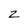
Character: z